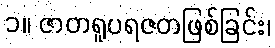
၁။ ဇာတရူပရဇတဖြစ်ခြင်း၊